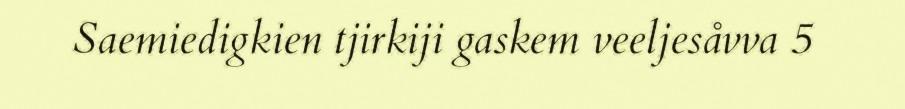
Saemiedigkien tjirkiji gaskem veeljesåvva 5